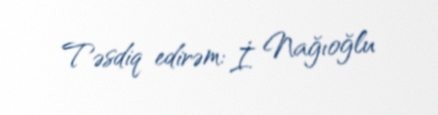
Təsdiq edirəm: İ. Nağıoğlu